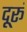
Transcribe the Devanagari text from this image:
दूरूं